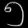
Digit: ၅